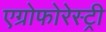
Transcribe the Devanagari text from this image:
एग्रोफोरेस्ट्री